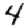
Digit: 4